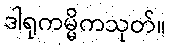
ဒါရုကမ္မိကသုတ်။